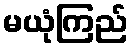
မယုံကြည်